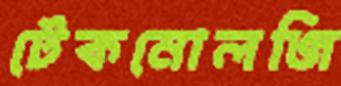
টেকনোলজি